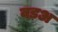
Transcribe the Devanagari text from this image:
वड़अ